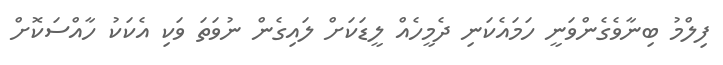
ފިލްމު ބިނާވެގެންވަނީ ހަމައެކަނި ދެމީހެއް ލީޑަކަށް ލައިގެން ނުވަތަ ވަކި އެކަކު ހާއްސަކޮށް